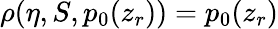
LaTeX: \rho(\eta,S,p_{0}(z_{r}))=p_{0}(z_{r})